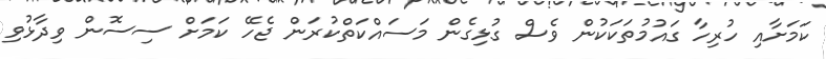
ކަމަށާއި ހުރިހާ ގައުމުތަކަކުން ވެސް ގުޅިގެން މަސައްކަތްކުރަން ޖެހޭ ކަމަށް ސިސޮން ވިދާޅުވި